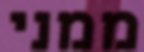
ממני